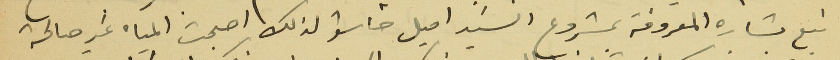
نبع بشاره المعروفة بمشروع السَيد اميل خاشو لذلك اصبحت المياه غير صالحة